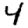
Digit: 4